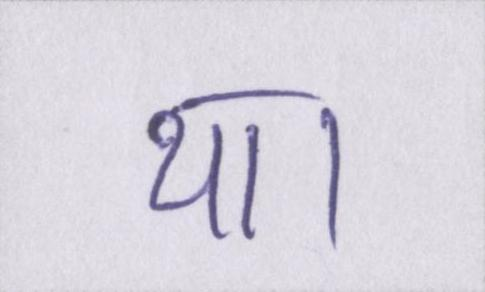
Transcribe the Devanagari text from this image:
था।